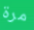
مرة